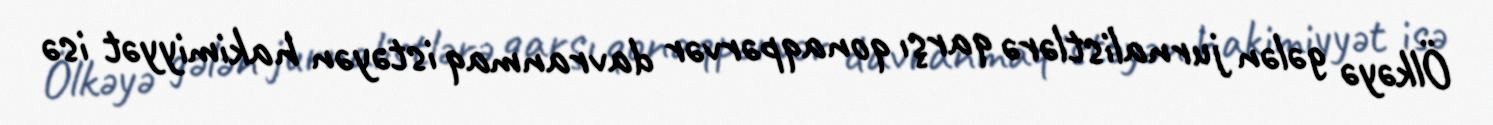
Ölkəyə gələn jurnalistlərə qarşı qonaqpərvər davranmaq istəyən hakimiyyət isə